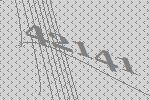
42141